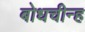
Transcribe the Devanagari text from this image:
बोधचीन्ह